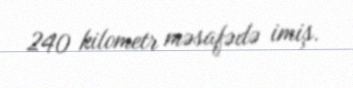
240 kilometr məsafədə imiş.